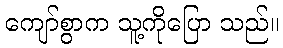
ကျော်စွာက သူ့ကိုပြော သည်။